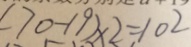
( 7 0 - 1 9 ) \times 2 = 1 0 2